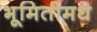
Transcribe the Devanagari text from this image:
भूमितीमधे